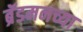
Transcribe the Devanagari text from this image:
ब्रॅडमनच्या